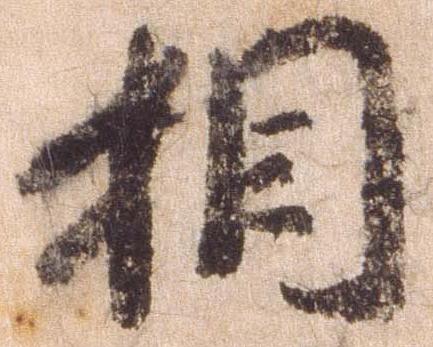
相